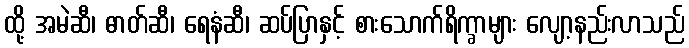
ထို့ အမဲဆီ၊ ဓာတ်ဆီ၊ ရေနံဆီ၊ ဆပ်ပြာနှင့် စားသောက်ရိက္ခာများ လျော့နည်းလာသည်